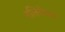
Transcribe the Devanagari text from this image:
नलिकेला